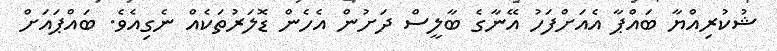
ޝުކުރިއްޔާ ބައްޕާ އެއަށްފަހު އޭނާގެ ބާލީސް ދަށުން އެހެން ޑޮލަރުތަކެއް ނެގިއެވެ. ބައްޕައަށް